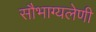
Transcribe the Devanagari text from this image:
सौभाग्यलेणी